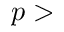
p >